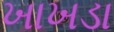
ખાખડા